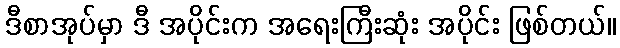
ဒီစာအုပ်မှာ ဒီ အပိုင်းက အရေးကြီးဆုံး အပိုင်း ဖြစ်တယ်။